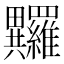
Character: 𤴏